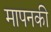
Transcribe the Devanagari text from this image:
मापनकी